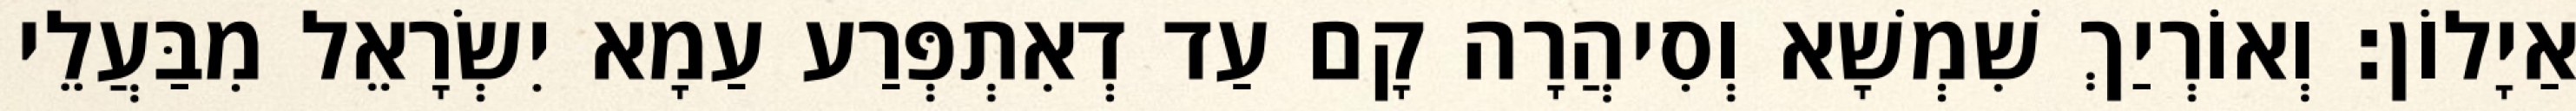
אַיָלוֹן׃ וְאוֹרְיַךְ שִׁמְשָׁא וְסִיהֲרָה קָם עַד דְאִתְפְּרַע עַמָא יִשְׂרָאֵל מִבַּעֲלֵי